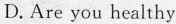
D.Are you healthy